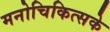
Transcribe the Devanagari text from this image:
मनोचिकित्सके